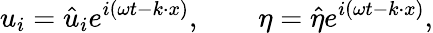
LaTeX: u_{i}=\hat{u}_{i}e^{i(\omega t-k\cdot x)},\qquad\eta=\hat{\eta}e^{i(\omega t-k\cdot x)},